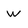
Character: W